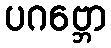
ပဂဗ္ဘော